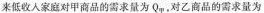
来低收人家庭对甲商品的需求量为Q_{甲}，对乙商品的需求量为